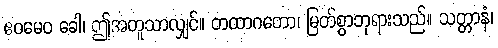
ဧဝမေဝ ခေါ၊ ဤအတူသာလျှင်။ တထာဂတော၊ မြတ်စွာဘုရားသည်။ သတ္တာနံ၊